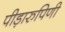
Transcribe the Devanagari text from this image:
पीड़ारुपिणी